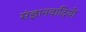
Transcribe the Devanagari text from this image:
संज्ञानवादियों